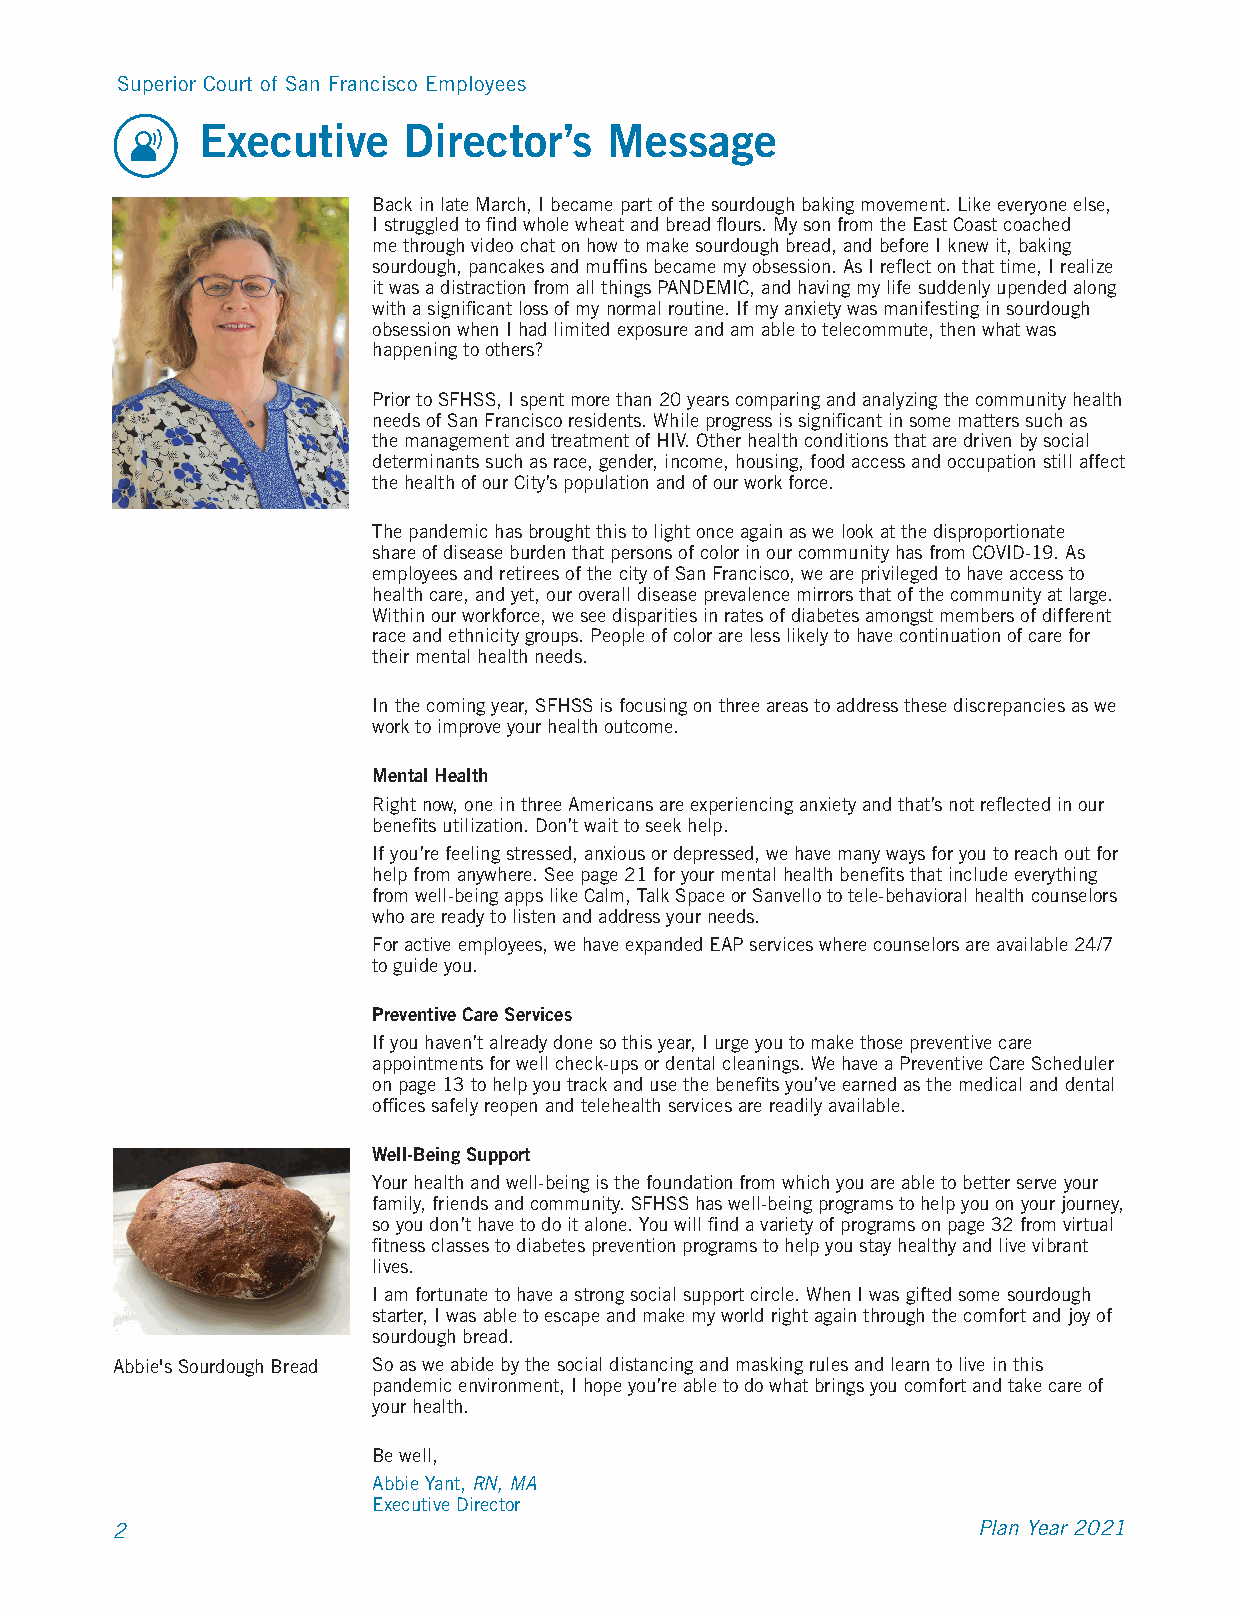
Superior Court of San Francisco Employees
 Executive     Director’s   Message
 Back in late March, I became part of the sourdough baking movement. Like everyone else,
 I struggled to find whole wheat and bread flours. My son from the East Coast coached
 me through video chat on how to make sourdough bread, and before I knew it, baking
 sourdough, pancakes and muffins became my obsession. As I reflect on that time, I realize
 it was a distraction from all things PANDEMIC, and having my life suddenly upended along
 with a significant loss of my normal routine. If my anxiety was manifesting in sourdough
 obsession when I had limited exposure and am able to telecommute, then what was
 happening to others?
 Prior to SFHSS, I spent more than 20 years comparing and analyzing the community health
 needs of San Francisco residents. While progress is significant in some matters such as
 the management and treatment of HIV. Other health conditions that are driven by social
 determinants such as race, gender, income, housing, food access and occupation still affect
 the health of our City’s population and of our work force.
 The pandemic has brought this to light once again as we look at the disproportionate
 share of disease burden that persons of color in our community has from COVID-19. As
 employees and retirees of the city of San Francisco, we are privileged to have access to
 health care, and yet, our overall disease prevalence mirrors that of the community at large.
 Within our workforce, we see disparities in rates of diabetes amongst members of different
 race and ethnicity groups. People of color are less likely to have continuation of care for
 their mental health needs.
 In the coming year, SFHSS is focusing on three areas to address these discrepancies as we
 work to improve your health outcome.
 Mental Health
 Right now, one in three Americans are experiencing anxiety and that’s not reflected in our
 benefits utilization. Don’t wait to seek help.
 If you’re feeling stressed, anxious or depressed, we have many ways for you to reach out for
 help from anywhere. See page 21 for your mental health benefits that include everything
 from well-being apps like Calm, Talk Space or Sanvello to tele-behavioral health counselors
 who are ready to listen and address your needs.
 For active employees, we have expanded EAP services where counselors are available 24/7
 to guide you.
 Preventive Care Services
 If you haven’t already done so this year, I urge you to make those preventive care
 appointments for well check-ups or dental cleanings. We have a Preventive Care Scheduler
 on page 13 to help you track and use the benefits you’ve earned as the medical and dental
 offices safely reopen and telehealth services are readily available.
 Well-Being Support
 Your health and well-being is the foundation from which you are able to better serve your
 family, friends and community. SFHSS has well-being programs to help you on your journey,
 so you don’t have to do it alone. You will find a variety of programs on page 32 from virtual
 fitness classes to diabetes prevention programs to help you stay healthy and live vibrant
 lives.
 I am fortunate to have a strong social support circle. When I was gifted some sourdough
 starter, I was able to escape and make my world right again through the comfort and joy of
 sourdough bread.
 Abbie's Sourdough Bread So as we abide by the social distancing and masking rules and learn to live in this
 pandemic environment, I hope you’re able to do what brings you comfort and take care of
 your health.
 Be well,
 Abbie Yant, RN, MA
 Executive Director
 2                                                         Plan Year 2021